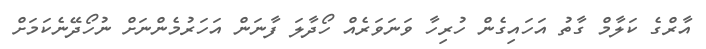
އާރްގެ ކަލާމް ގާތު އަހައިގެން ހުރިހާ ވަނަވަރެއް ހޯދާލަ ފާނަން އަހަރުމެންނަށް ނުހޯދޭނެކަމަށް